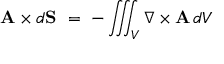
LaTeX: \mathbf { A } \times d \mathbf { S } \ = \ - \iiint _ { V } \nabla \times \mathbf { A } \, d V